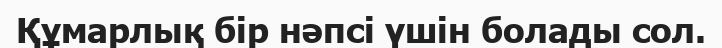
Құмарлық бір нәпсі үшін болады сол.